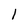
Character: 1